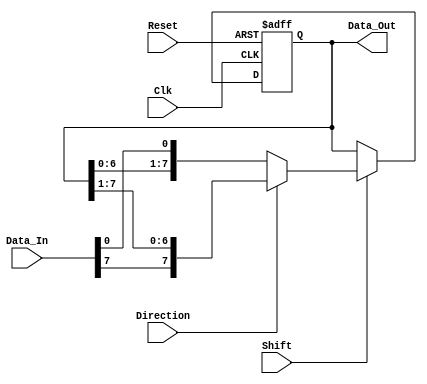
module ShiftRegister #(
    parameter N = 8  // Width of the shift register
) (
    input wire Clk,          // Clock signal
    input wire Reset,        // Asynchronous active-high reset
    input wire [N-1:0] Data_In, // Input data
    input wire Shift,        // Control signal for shift operation
    input wire Direction,    // Shift direction: 0 = Right, 1 = Left
    output reg [N-1:0] Data_Out // Current state of the shift register
);

    // Asynchronous reset and shift operation
    always @(posedge Clk or posedge Reset) begin
        if (Reset) begin
            Data_Out <= 0; // Clear all bits on reset
        end else if (Shift) begin
            if (Direction) begin
                // Shift Left
                Data_Out <= {Data_In[N-1], Data_Out[N-1:1]}; // Insert MSB from Data_In
            end else begin
                // Shift Right
                Data_Out <= {Data_Out[N-2:0], Data_In[0]}; // Insert LSB from Data_In
            end
        end
    end

endmodule